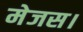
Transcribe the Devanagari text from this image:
मेजस।